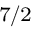
_ { 7 / 2 }